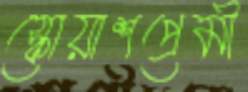
স্কোয়াশপ্রেমী